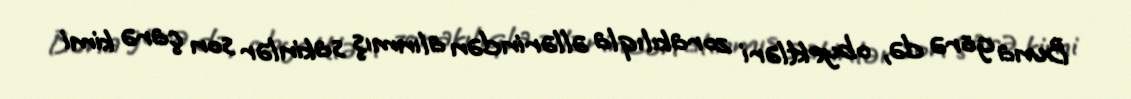
Buna görə də, obyektləri zorakılıqla əllərindən alınmış sakinlər son çarə kimi